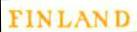
FINLAND